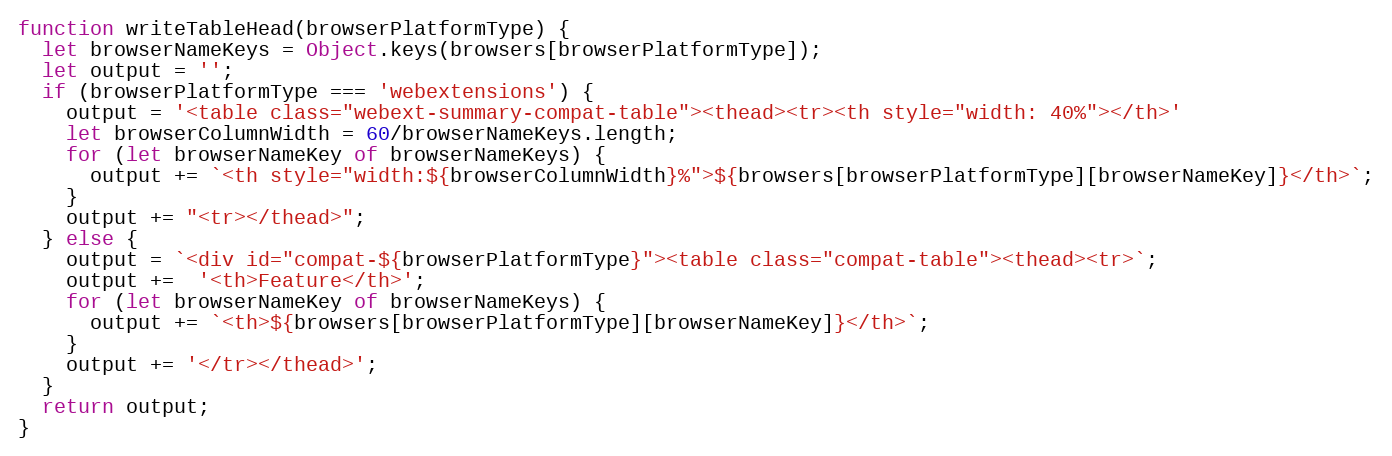
Language: JavaScript
function writeTableHead(browserPlatformType) {
  let browserNameKeys = Object.keys(browsers[browserPlatformType]);
  let output = '';
  if (browserPlatformType === 'webextensions') {
    output = '<table class="webext-summary-compat-table"><thead><tr><th style="width: 40%"></th>'
    let browserColumnWidth = 60/browserNameKeys.length;
    for (let browserNameKey of browserNameKeys) {
      output += `<th style="width:${browserColumnWidth}%">${browsers[browserPlatformType][browserNameKey]}</th>`;
    }
    output += "<tr></thead>";
  } else {
    output = `<div id="compat-${browserPlatformType}"><table class="compat-table"><thead><tr>`;
    output +=  '<th>Feature</th>';
    for (let browserNameKey of browserNameKeys) {
      output += `<th>${browsers[browserPlatformType][browserNameKey]}</th>`;
    }
    output += '</tr></thead>';
  }
  return output;
}